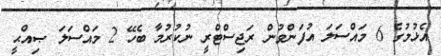
އެޅުމުގެ 6 މައްސަލަ އުފަންވުން ރަޖިސްޓްރީ ނުކުރުމާ ބެހޭ 2 މައްސަލަ ޞިއްޙީ